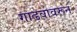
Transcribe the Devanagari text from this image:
गाढवावरून